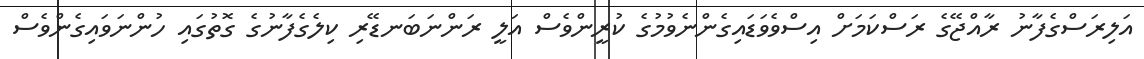
އަލިރަސްގެފާނު ރާއްޖޭގެ ރަސްކަމަށް އިސްވެވަޑައިގެންނެވުމުގެ ކުރީންވެސް އަލީ ރަންނަބަނޑޭރި ކިލެގެފާނުގެ ގޮތުގައި ހުންނަވައިގެންވެސް